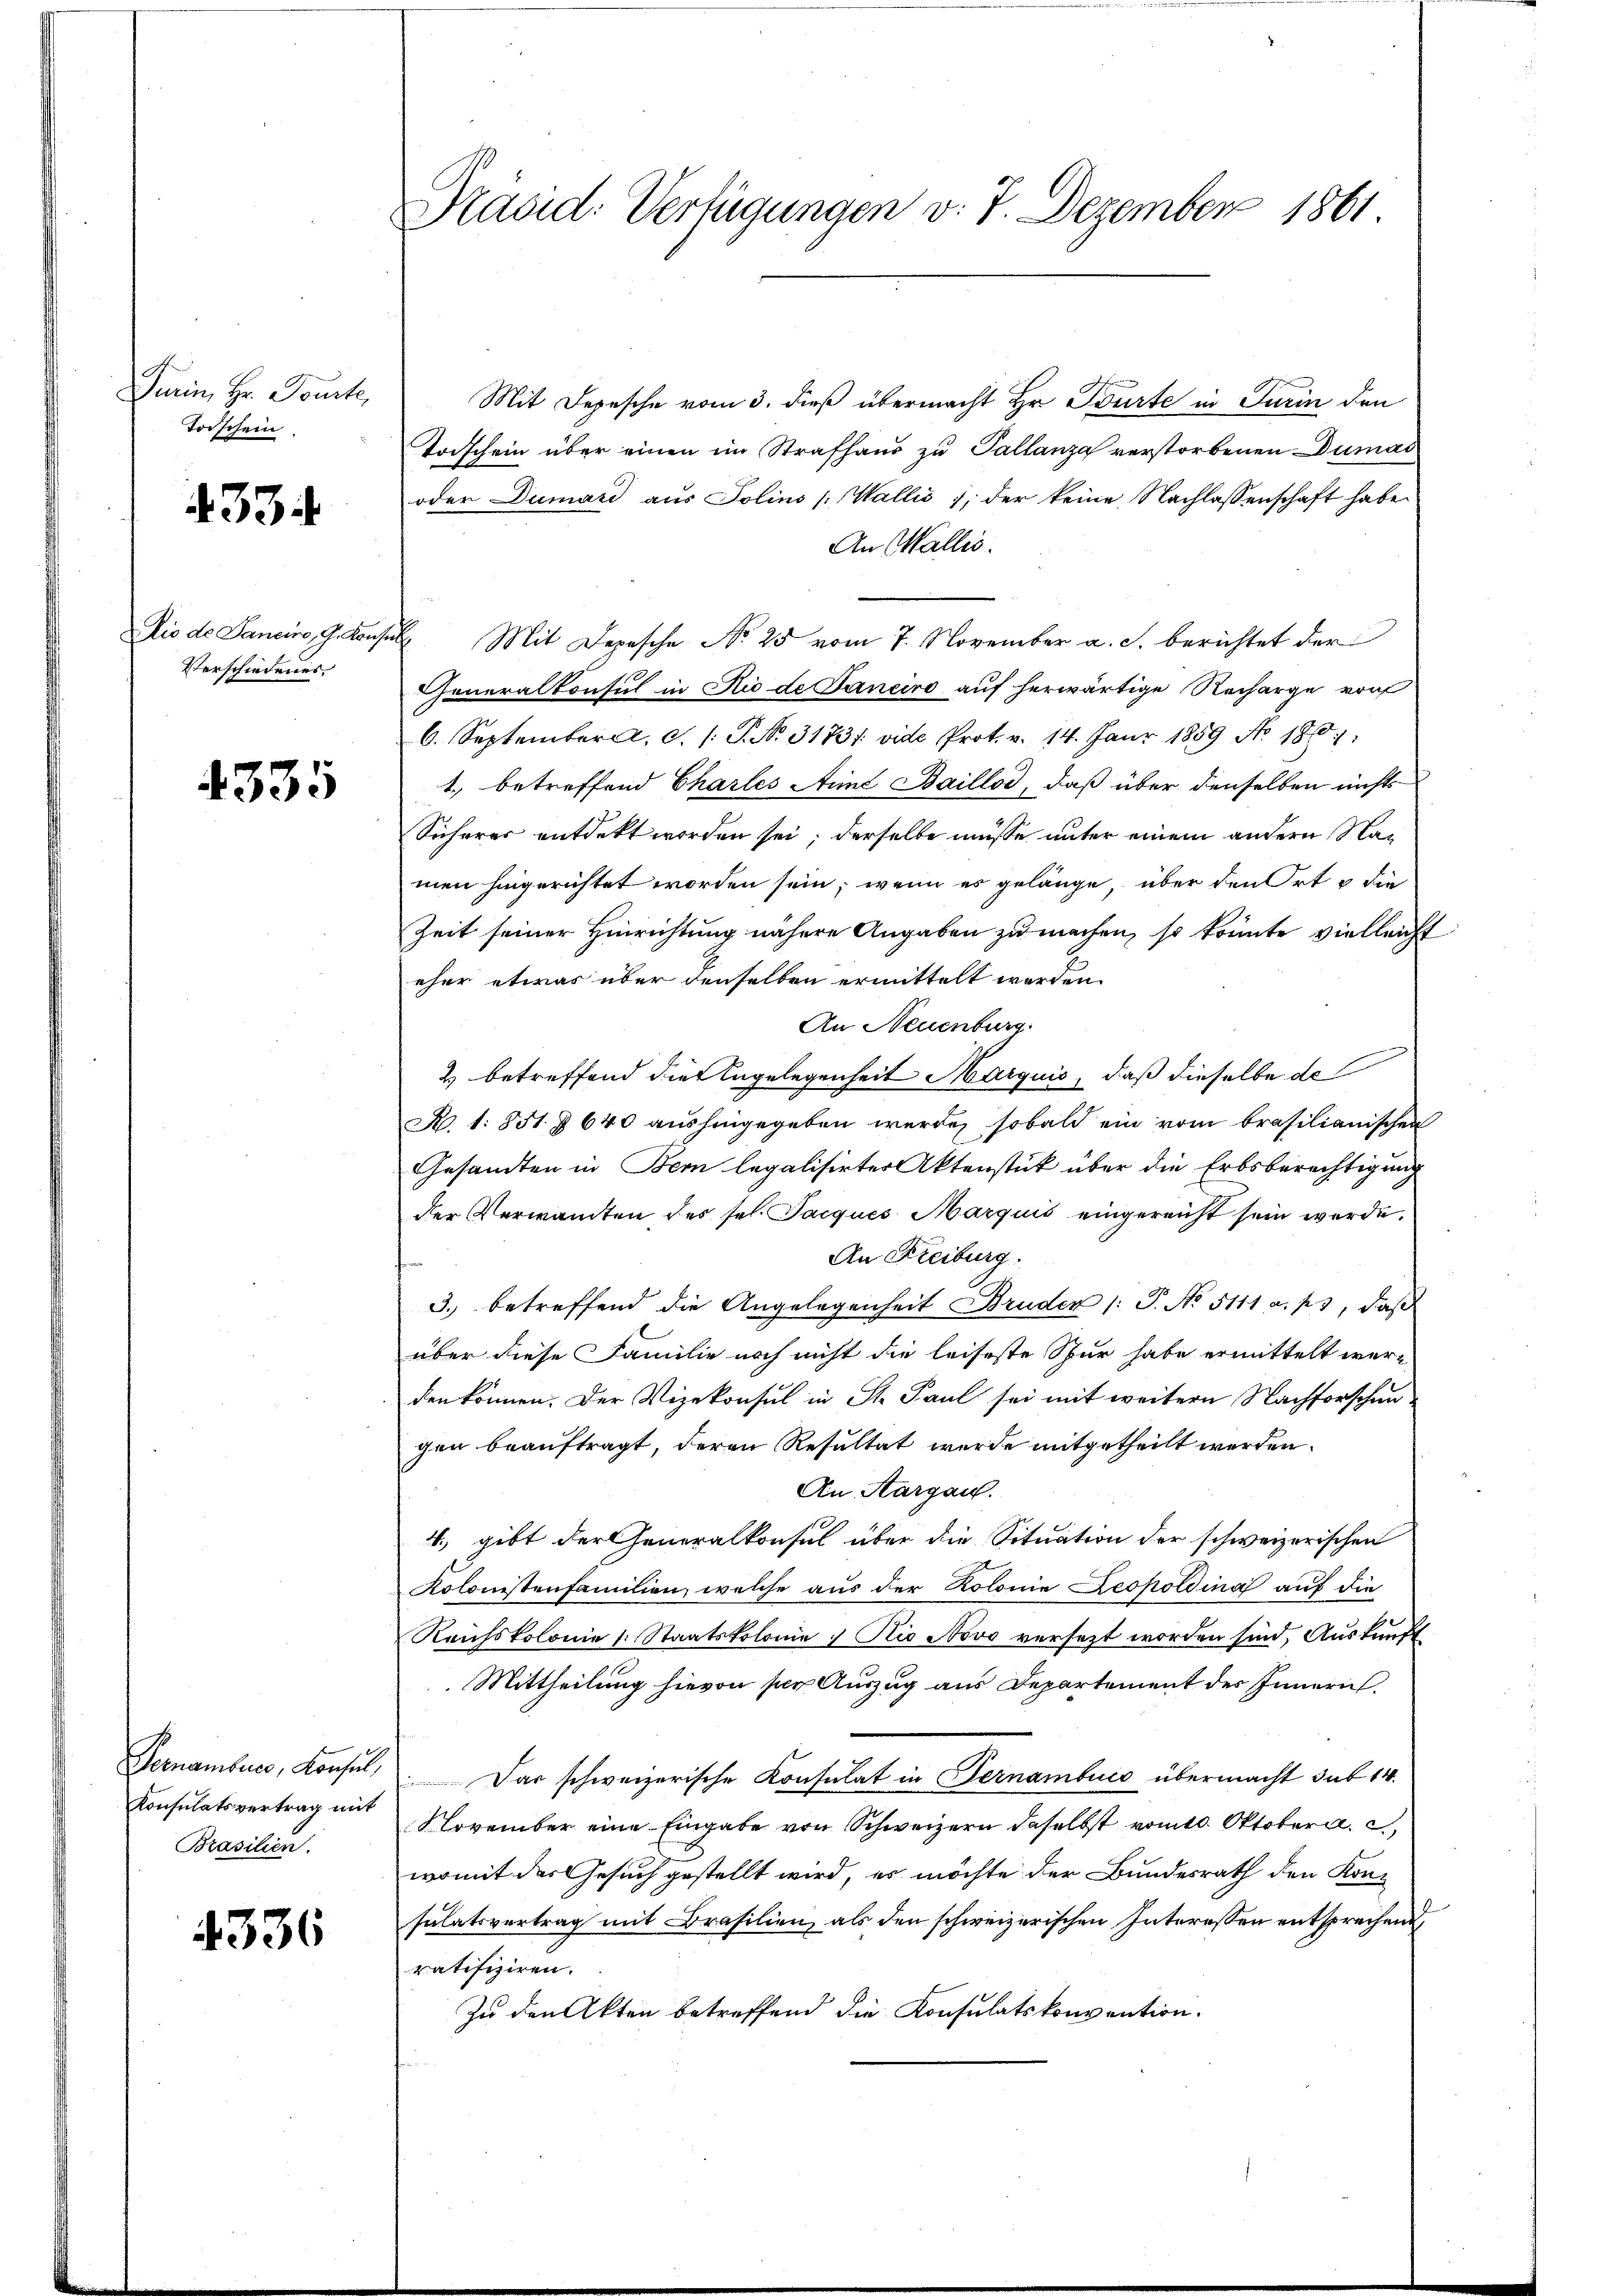
Turin, Hr. Tourte,
Todschein

4334

Verschiedenes.

4335

Konsulatsvertrag mit
Brasilien.

4336

Drasid: Verfügungen v. 7. Dezember 1861

Mit Depesche vom 3. dieß übermacht Hr. Bürte in Turin den
Todschein über einen im Strafhaus zu Pallanza verstorbenen Dumas
oder Dumari aus Solins (Wallis, der keine Nachlassenschaft habe
An Wallis.
Dio de Sancino, G. Konsul Mit Depesche No 25 vom 7. November a. s. berichtet der
Generalkonsul in Niede Janeiro auf herwärtige Recharge von
6. September. c. /: P. No. 3173/. vide Prot. v. 14. Janr 1859 No 1861:
1.) betreffend Chartes ins Baillos, daß über denselben nichts
Sicherer entdekt worden sei; derselbe müsse unter einem andern Namen hingerichtet worden sein, wenn es gelänge, über den Ort & die
Zeit seiner Hinrichtung nähere Angaben zu machen, so könnte vielleicht
eher etwas über denselben ermittelt werden.
An Neuenburg.
2 betreffend dies Angelegenheit Marquis, daß dieselbe des
R. 1: 851 § 640 aushingegeben werde, sobald ein vom brasilianischen
Gesandten in Bern legalisirter Aktenstück über die Erbsberechtigung
der Verwandten des sel. Jacques Marquis eingereicht sein werde,
An Freiburg.
3. betreffend die Angelegenheit Bruder /: P. No. 5111 a. p., daβ
über diese Familie noch nicht die leiseste Spur habe ermittelt werden können. Der Vizekonsul in St. Paul sei mit weitern Nachforschun-
gen beauftragt, deren Resultat werde mitgetheilt werden.
An Aargau.
4.) gibt der Generalkonsul über die Situation der schweizerischen
Kolonistenfamilien, welche aus der Kolonie Leopoldina auf die
Reichskolonie (: Staatskolonie . Die Novo versetzt worden sind, Auskunft
. Mittheilung hievon per Auszug aus Departement des Innern.
Pernamburg, Konsul, Das schweizerische Konsulat in Fernamburg übermacht sub 14.
November eine Eingabe von Schweizern daselbst vom 10. Oktober a. c.,
womit des Gesuch gestellt wird, es möchte der Bundesrath den Kon-
sulatsvertrag mit Brasilien, als den schweizerischen Interessen entsprechend
ratifiziren.
Zu den Akten betreffend die Konsulatskonvention.